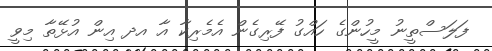
ފަލަސްތީނު މީހުންގެ ހައްގު ފޭރިގެން އެމެރިކާ އާ އދ އިން އުޅޭތާ މިވީ